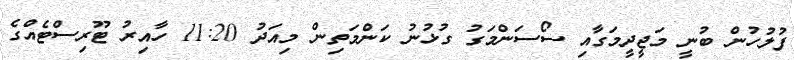
ފުލުހުން ބުނީ މަޖީދީމަގާއި ސޯސަންމަގު ގުޅުނު ކަންމަތިން މިއަދު 11:20 ހާއިރު ޓޫރިސްޓެއްގެ